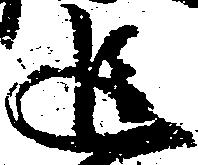
追